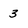
Character: 3